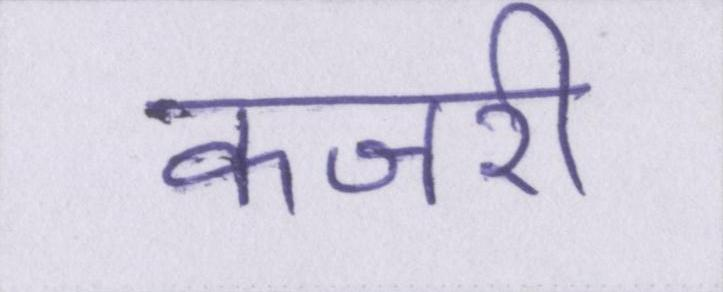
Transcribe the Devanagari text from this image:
कजरी